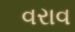
વરાવ